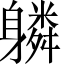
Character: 𨊌